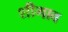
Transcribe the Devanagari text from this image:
शीगाव